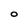
Character: O